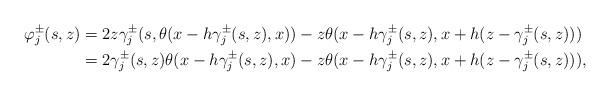
LaTeX: \begin{align*}\varphi_j^\pm(s,z)&=2z\gamma_j^\pm(s,\theta(x-h\gamma_j^\pm(s,z),x))-z\theta(x-h\gamma_j^\pm(s,z),x+h(z-\gamma_j^\pm(s,z)))\\&=2\gamma_j^\pm(s,z)\theta(x-h\gamma_j^\pm(s,z),x)-z\theta(x-h\gamma_j^\pm(s,z),x+h(z-\gamma_j^\pm(s,z))) ,\end{align*}